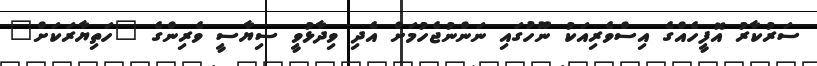
ސަރުކާރު އޮފީހެއްގެ އިސްވެރިއަކު ނޫހުގައި ނަންނުޖެހުމަށް އެދި ވިދާޅުވީ ސިޔާސީ ވެރިންގެ "ހަތިޔާރަކަށް"